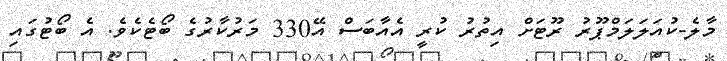
މާލެ-ކުއަލަލަމްޕޫރު ރޫޓަށް އިތުރު ކުރީ އެއާބަސް އޭ330 މަރުކާރުގެ ބޯޓެކެވެ. އެ ބޯޓުގައި